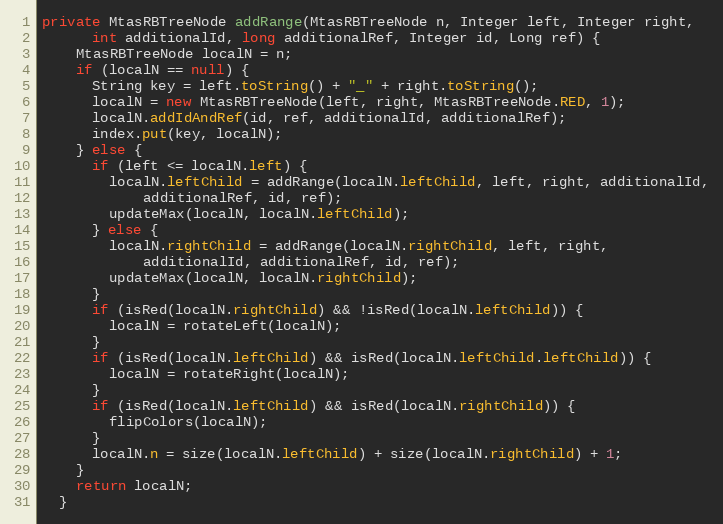
Language: Java
private MtasRBTreeNode addRange(MtasRBTreeNode n, Integer left, Integer right,
      int additionalId, long additionalRef, Integer id, Long ref) {
    MtasRBTreeNode localN = n;
    if (localN == null) {
      String key = left.toString() + "_" + right.toString();
      localN = new MtasRBTreeNode(left, right, MtasRBTreeNode.RED, 1);
      localN.addIdAndRef(id, ref, additionalId, additionalRef);
      index.put(key, localN);
    } else {
      if (left <= localN.left) {
        localN.leftChild = addRange(localN.leftChild, left, right, additionalId,
            additionalRef, id, ref);
        updateMax(localN, localN.leftChild);
      } else {
        localN.rightChild = addRange(localN.rightChild, left, right,
            additionalId, additionalRef, id, ref);
        updateMax(localN, localN.rightChild);
      }
      if (isRed(localN.rightChild) && !isRed(localN.leftChild)) {
        localN = rotateLeft(localN);
      }
      if (isRed(localN.leftChild) && isRed(localN.leftChild.leftChild)) {
        localN = rotateRight(localN);
      }
      if (isRed(localN.leftChild) && isRed(localN.rightChild)) {
        flipColors(localN);
      }
      localN.n = size(localN.leftChild) + size(localN.rightChild) + 1;
    }
    return localN;
  }